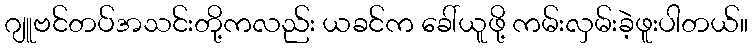
ဂျူဗင်တပ်အသင်းတို့ကလည်း ယခင်က ခေါ်ယူဖို့ ကမ်းလှမ်းခဲ့ဖူးပါတယ်။